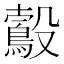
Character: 𣫠